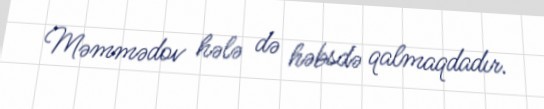
Məmmədov hələ də həbsdə qalmaqdadır.